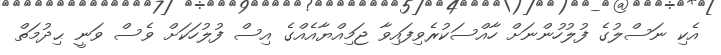
އެކި ނަސްލުގެ ފުލުހުންނަށް ހާއްސަކުރެވިފައިވާ ޖަމިއްޔާއެއްގެ އިސް ފުލުހަކަށް ވެސް ވަނީ ޙިދުމަތް